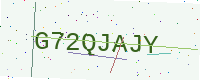
Text: G72QJAJY